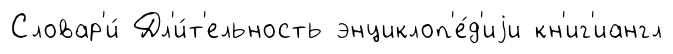
Словар'и́ Дл'и́т'ельность энциклоп'е́д'иjи кн'иг'иангл